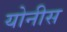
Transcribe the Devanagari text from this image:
योनीस